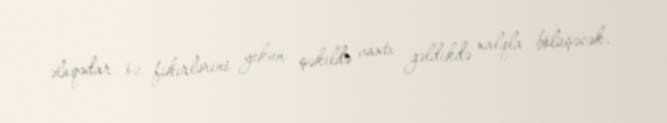
əlaqədar öz fikirlərini yekun şəkildə vaxtı gəldikdə xalqla bölüşəcək.